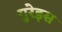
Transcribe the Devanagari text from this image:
गुरेइस